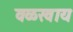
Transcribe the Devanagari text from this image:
वळखाय